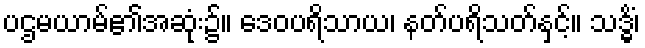
ပဌမယာမ်၏အဆုံး၌။ ဒေဝပရိသာယ၊ နတ်ပရိသတ်နှင့်။ သဒ္ဓိံ၊